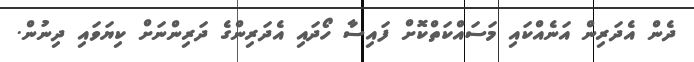
ދެން އެދަރިން އަނެއްކައި މަސައްކަތްކޮށް ފައިސާ ހޯދައި އެދަރިންގެ ދަރިންނަށް ކިޔަވައި ދިނުން.